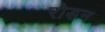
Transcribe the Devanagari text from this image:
रोडन